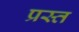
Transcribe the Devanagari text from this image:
प्रस्त